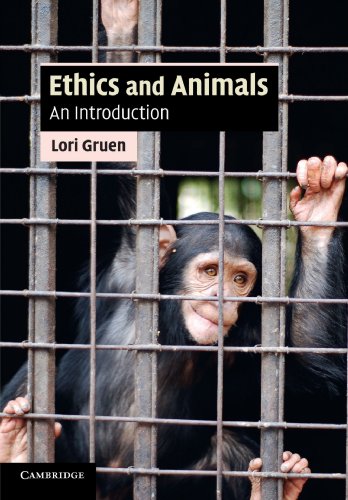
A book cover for Ethics and Animals: An Introduction (Cambridge Applied Ethics); Lori Gruen; Science & Math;